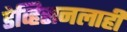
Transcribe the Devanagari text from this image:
डेव्हिसनलाही